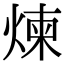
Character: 煉